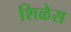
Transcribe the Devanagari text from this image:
शिळेस